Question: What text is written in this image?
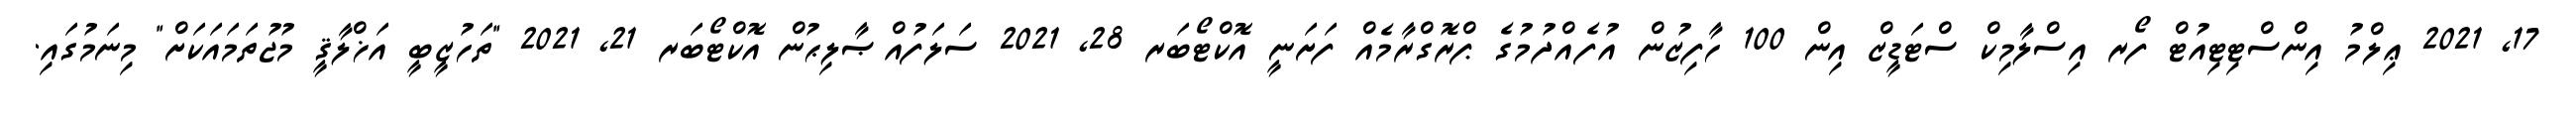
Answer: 17, 2021 ޢިލްމު އިންސްޓިޓިއުޓް ފޯރ އިސްލާމިކް ސްޓަޑީޒް އިން 100 ހާފިޒުން އުފެއްދުމުގެ ޕްރޮގްރާމެއް ފަށަނީ އޮކްޓޯބަރ 28, 2021 ސަލަފުއްޞާލިޙުން އޮކްޓޯބަރ 21, 2021 "ތަހުޒީބީ އަޚްލާޤީ މުޖުތަމައަކަށް" މިނަމުގައި.